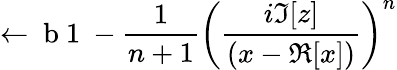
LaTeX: \leftarrow\mathrm{~b~1~}-\frac{1}{n+1}\left(\frac{i\Im[z]}{(x-\Re[x])}\right)^{n}